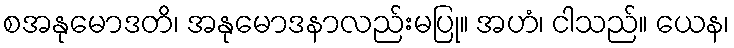
စအနုမောဒတိ၊ အနုမောဒနာလည်းမပြု။ အဟံ၊ ငါသည်။ ယေန၊